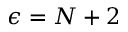
\epsilon = N + 2